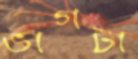
ভাগটা